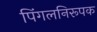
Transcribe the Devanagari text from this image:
पिंगलनिरूपक